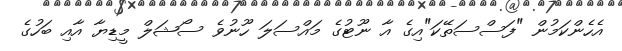
އެހެންކަމުން "ފަސްސަތޭކަ"އިގެ އާ ނޫޓުގެ މައްސަލަ ހޫނުވެ ސޯޝަލް މީޑިޔާ އާއި ބަހުގެ